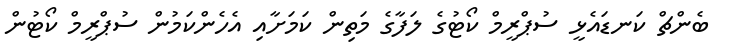
ބެންޗް ކަނޑައެޅީ ސުޕްރީމް ކޯޓުގެ ލަފާގެ މަތިން ކަމަށާއި އެހެންކަމުން ސުޕްރީމް ކޯޓުން